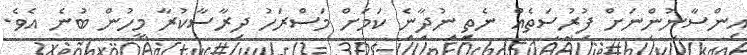
އިންސާނުންނަށް ފުރުސަތެއް ނެތި ނުދާނެ ކަމަށް މަސްރަހު ދިރާސާކުރާ މީހުން ބުނެ އެވެ.